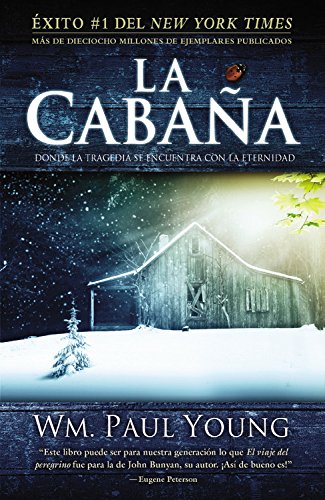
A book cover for La CabaÃ±a: Donde la Tragedia Se Encuentra Con la Eternidad (Spanish Edition); William P. Young; Literature & Fiction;